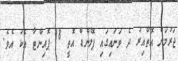
ޖަރުމަން އޮތްއިރު ދެ ވަނައިގައި ޕޮލެންޑް އޮތީ 18 ޕޮއިންޓާ އެކު އެވެ.